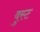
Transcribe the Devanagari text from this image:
वुस्ट